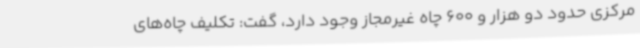
مرکزی حدود دو هزار و 600 چاه غیرمجاز وجود دارد، گفت: تکلیف چاه‌های